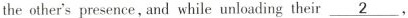
the other's presence, and while unloading their \underline{2}